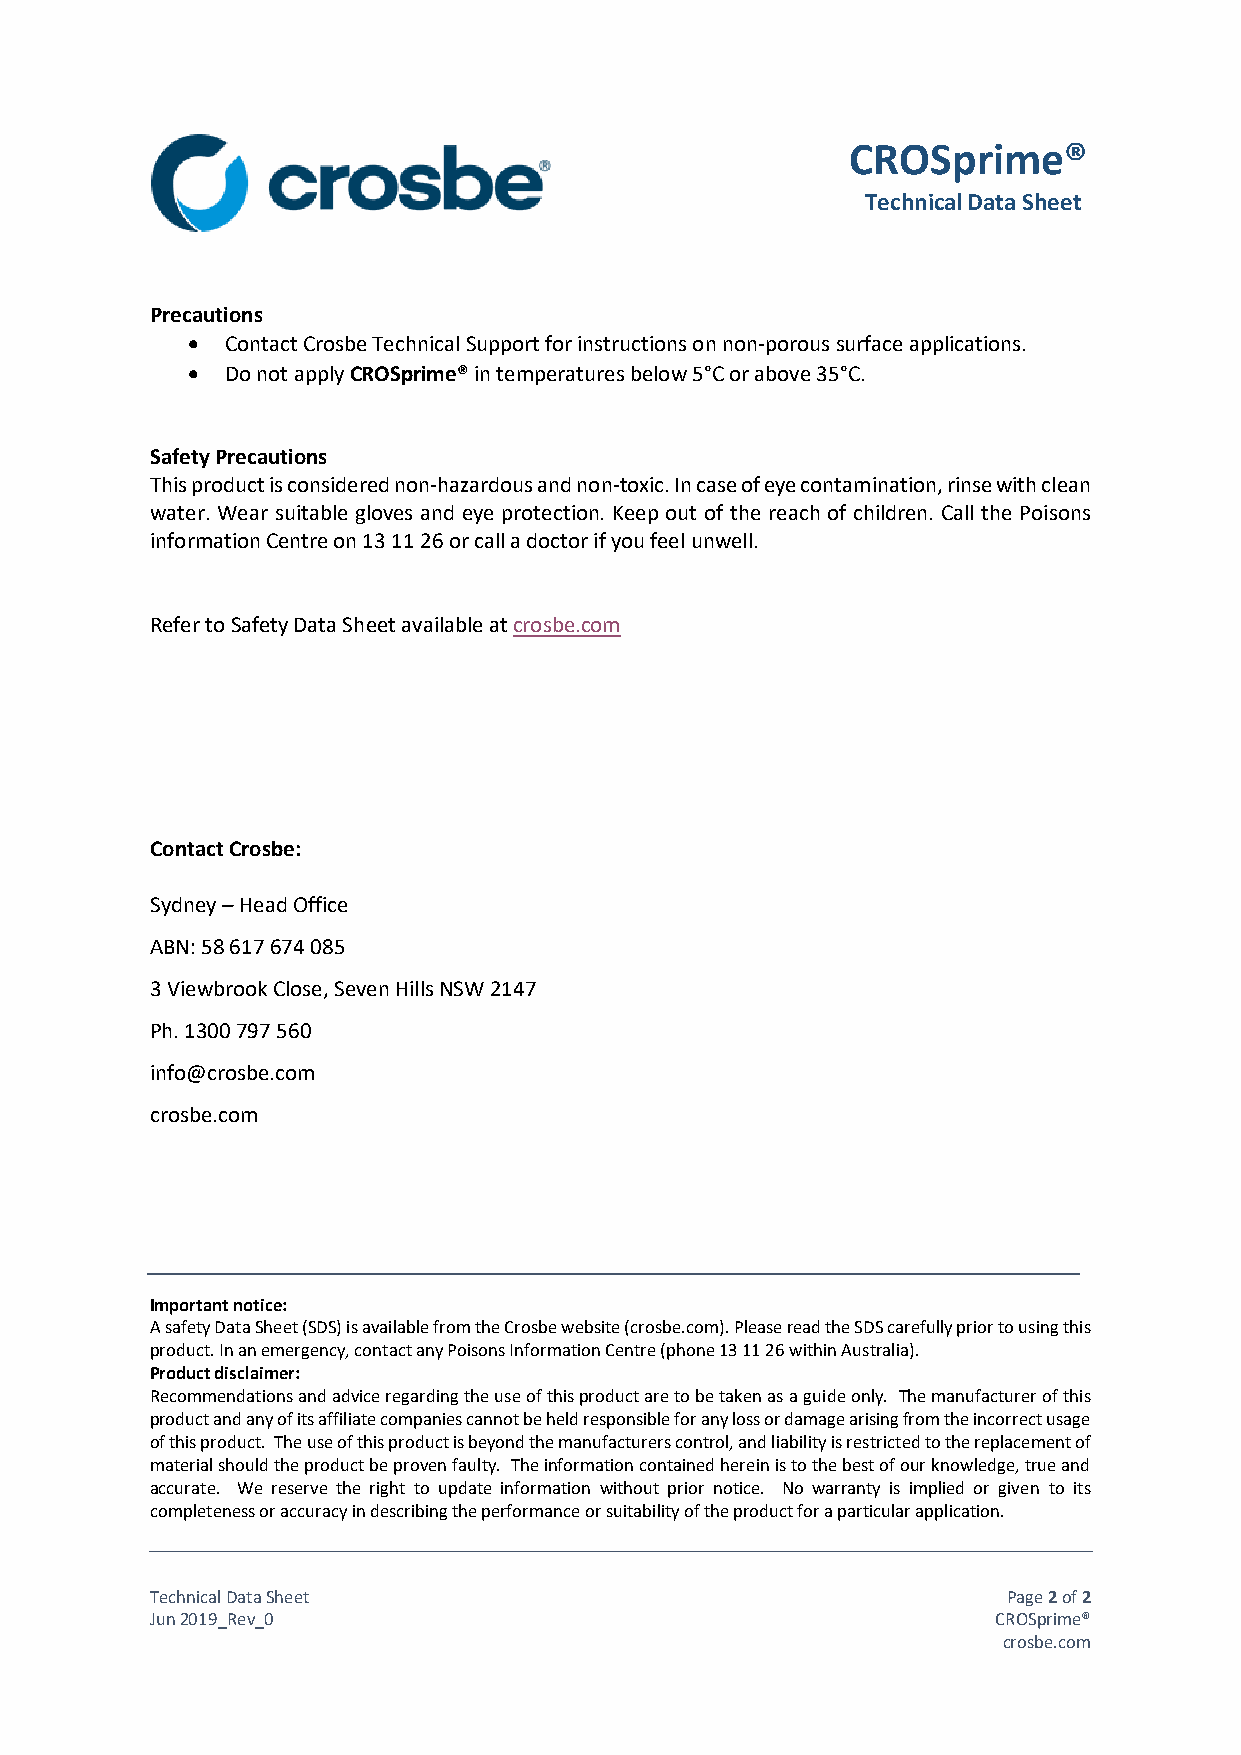
CROSprime®
 Technical Data Sheet
 Precautions
 •  Contact Crosbe Technical Support for instructions on non-porous surface applications.
 •  Do not apply CROSprime® in temperatures below 5°C or above 35°C.
 Safety Precautions
 This product is considered non-hazardous and non-toxic. In case of eye contamination, rinse with clean
 water. Wear suitable gloves and eye protection. Keep out of the reach of children. Call the Poisons
 information Centre on 13 11 26 or call a doctor if you feel unwell.
 Refer to Safety Data Sheet available at crosbe.com
 Contact Crosbe:
 Sydney – Head Office
 ABN: 58 617 674 085
 3 Viewbrook Close, Seven Hills NSW 2147
 Ph. 1300 797 560
 info@crosbe.com
 crosbe.com
 Important notice:
 A safety Data Sheet (SDS) is available from the Crosbe website (crosbe.com). Please read the SDS carefully prior to using this
 product. In an emergency, contact any Poisons Information Centre (phone 13 11 26 within Australia).
 Product disclaimer:
 Recommendations and advice regarding the use of this product are to be taken as a guide only. The manufacturer of this
 product and any of its affiliate companies cannot be held responsible for any loss or damage arising from the incorrect usage
 of this product. The use of this product is beyond the manufacturers control, and liability is restricted to the replacement of
 material should the product be proven faulty. The information contained herein is to the best of our knowledge, true and
 accurate. We reserve the right to update information without prior notice. No warranty is implied or given to its
 completeness or accuracy in describing the performance or suitability of the product for a particular application.
 Technical Data Sheet                                     Page 2 of 2
 Jun 2019_Rev_0                                          CROSprime®
 crosbe.com